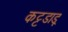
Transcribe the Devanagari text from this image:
कट्टडाडू